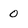
Character: 0